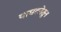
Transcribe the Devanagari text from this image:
याघटनेतुन